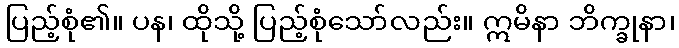
ပြည့်စုံ၏။ ပန၊ ထိုသို့ ပြည့်စုံသော်လည်း။ ဣမိနာ ဘိက္ခုနာ၊